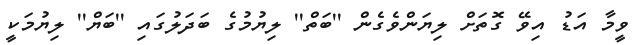
ވީމާ އަޑު އިވޭ ގޮތަށް ލިޔަންވެގެން ''ބަތް'' ލިޔުމުގެ ބަދަލުގައި ''ބަޔް'' ލިޔުމަކީ